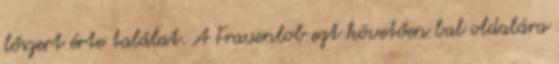
lőszert érte találat. A Frauenlob ezt követően bal oldalára